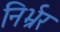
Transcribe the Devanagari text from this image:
निर्भ्रर